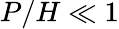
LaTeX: P/H\ll 1